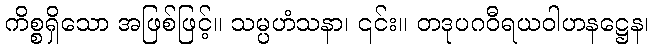
ကိစ္စရှိသော အဖြစ်ဖြင့်။ သမ္ပဟံသနာ၊ ၎င်း။ တဒုပဂဝီရယဝါဟနဋ္ဌေန၊